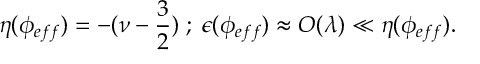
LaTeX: \eta ( \phi _ { e f f } ) = - ( \nu - \frac { 3 } { 2 } ) \; ; \; \epsilon ( \phi _ { e f f } ) \approx { \cal O } ( \lambda ) \ll \eta ( \phi _ { e f f } ) .